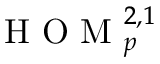
\mathrm { ~ H ~ O ~ M ~ } _ { p } ^ { 2 , 1 }